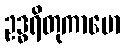
ဥဒ္ဓရိတုကာမော